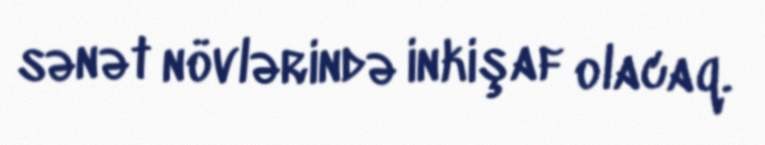
sənət növlərində inkişaf olacaq.